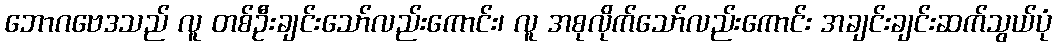
ဘောဂဗေဒသည် လူ တစ်ဦးချင်းသော်လည်းကောင်း၊ လူ အစုလိုက်သော်လည်းကောင်း အချင်းချင်းဆက်သွယ်ပုံ